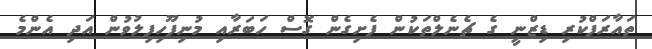
ތައާރަފްކުރި ޑިޒްނީ ގެ ޗެނެލްތަކުން ފެށިގެން ގޮސް ހަބަރާއި މުނިފޫހިފިލުވުން އަދި އެންމެ